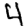
Digit: 4